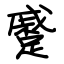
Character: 蹙